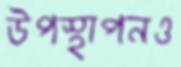
উপস্থাপনও